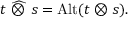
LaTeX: t ~ { \widehat { \otimes } } ~ s = \operatorname { A l t } ( t \otimes s ) .